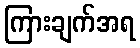
ကြားချက်အရ